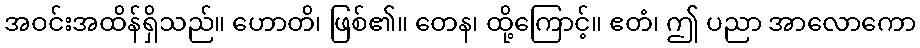
အဝင်းအထိန်ရှိသည်။ ဟောတိ၊ ဖြစ်၏။ တေန၊ ထို့ကြောင့်။ ဧတံ၊ ဤ ပညာ အာလောကော